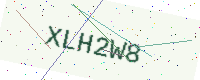
Text: XLH2W8